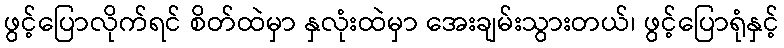
ဖွင့်ပြောလိုက်ရင် စိတ်ထဲမှာ နှလုံးထဲမှာ အေးချမ်းသွားတယ်၊ ဖွင့်ပြောရုံနှင့်